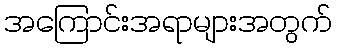
အကြောင်းအရာများအတွက်